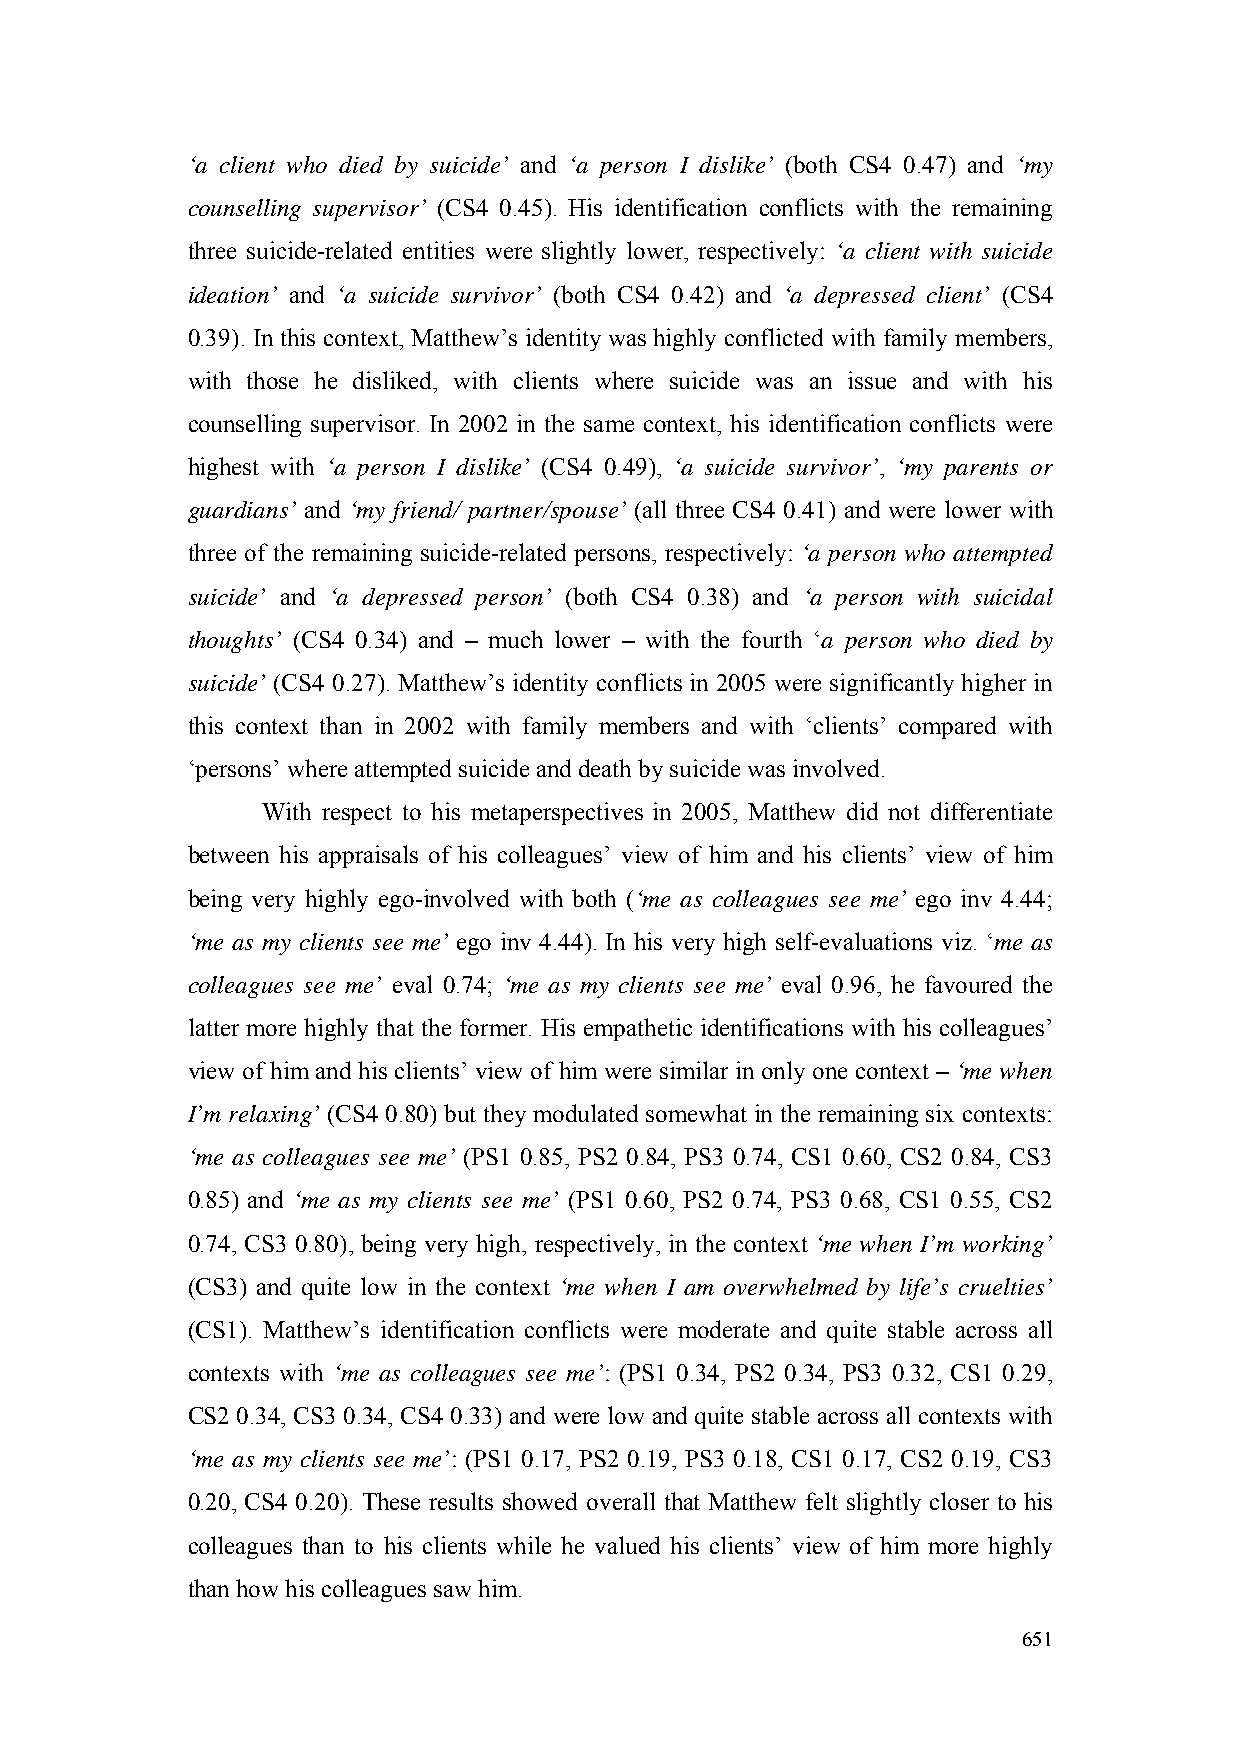
‘a client who died by suicide’ and ‘a person I dislike’ (both CS4 0.47) and ‘my
 counselling supervisor’ (CS4 0.45). His identification conflicts with the remaining
 three suicide-related entities were slightly lower, respectively: ‘a client with suicide
 ideation’ and ‘a suicide survivor’ (both CS4 0.42) and ‘a depressed client’ (CS4
 0.39). In this context, Matthew’s identity was highly conflicted with family members,
 with those he disliked, with clients where suicide was an issue and with his
 counselling supervisor. In 2002 in the same context, his identification conflicts were
 highest with ‘a person I dislike’ (CS4 0.49), ‘a suicide survivor’, ‘my parents or
 guardians’ and ‘my friend/ partner/spouse’ (all three CS4 0.41) and were lower with
 three of the remaining suicide-related persons, respectively: ‘a person who attempted
 suicide’ and ‘a depressed person’ (both CS4 0.38) and ‘a person with suicidal
 thoughts’ (CS4 0.34) and – much lower – with the fourth ‘a person who died by
 suicide’ (CS4 0.27). Matthew’s identity conflicts in 2005 were significantly higher in
 this context than in 2002 with family members and with ‘clients’ compared with
 ‘persons’ where attempted suicide and death by suicide was involved.
 With respect to his metaperspectives in 2005, Matthew did not differentiate
 between his appraisals of his colleagues’ view of him and his clients’ view of him
 being very highly ego-involved with both (‘me as colleagues see me’ ego inv 4.44;
 ‘me as my clients see me’ ego inv 4.44). In his very high self-evaluations viz. ‘me as
 colleagues see me’ eval 0.74; ‘me as my clients see me’ eval 0.96, he favoured the
 latter more highly that the former. His empathetic identifications with his colleagues’
 view of him and his clients’ view of him were similar in only one context – ‘me when
 I’m relaxing’ (CS4 0.80) but they modulated somewhat in the remaining six contexts:
 ‘me as colleagues see me’ (PS1 0.85, PS2 0.84, PS3 0.74, CS1 0.60, CS2 0.84, CS3
 0.85) and ‘me as my clients see me’ (PS1 0.60, PS2 0.74, PS3 0.68, CS1 0.55, CS2
 0.74, CS3 0.80), being very high, respectively, in the context ‘me when I’m working’
 (CS3) and quite low in the context ‘me when I am overwhelmed by life’s cruelties’
 (CS1). Matthew’s identification conflicts were moderate and quite stable across all
 contexts with ‘me as colleagues see me’: (PS1 0.34, PS2 0.34, PS3 0.32, CS1 0.29,
 CS2 0.34, CS3 0.34, CS4 0.33) and were low and quite stable across all contexts with
 ‘me as my clients see me’: (PS1 0.17, PS2 0.19, PS3 0.18, CS1 0.17, CS2 0.19, CS3
 0.20, CS4 0.20). These results showed overall that Matthew felt slightly closer to his
 colleagues than to his clients while he valued his clients’ view of him more highly
 than how his colleagues saw him.
 651